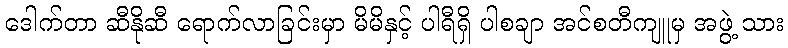
ဒေါက်တာ ဆီနိုဆီ ရောက်လာခြင်းမှာ မိမိနှင့် ပါရီရှိ ပါစချာ အင်စတီကျူမှ အဖွဲ့ သား